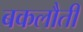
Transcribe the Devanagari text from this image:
बकलौती